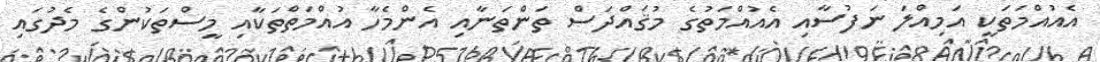
އެއުއްމަތަކީ އަމިއްލަ ނަފުސާއި އެއުއްމަތުގެ މުޤައްދަސް ތަންތަނާއި އެންމެހާ އުއްމަތްތަކާއި މީސްތަކުންގެ މެދުގައި